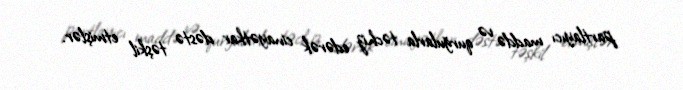
partlayıcı maddə və qurğularla təchiz edərək cinayətkar dəstə təşkil etmişlər.